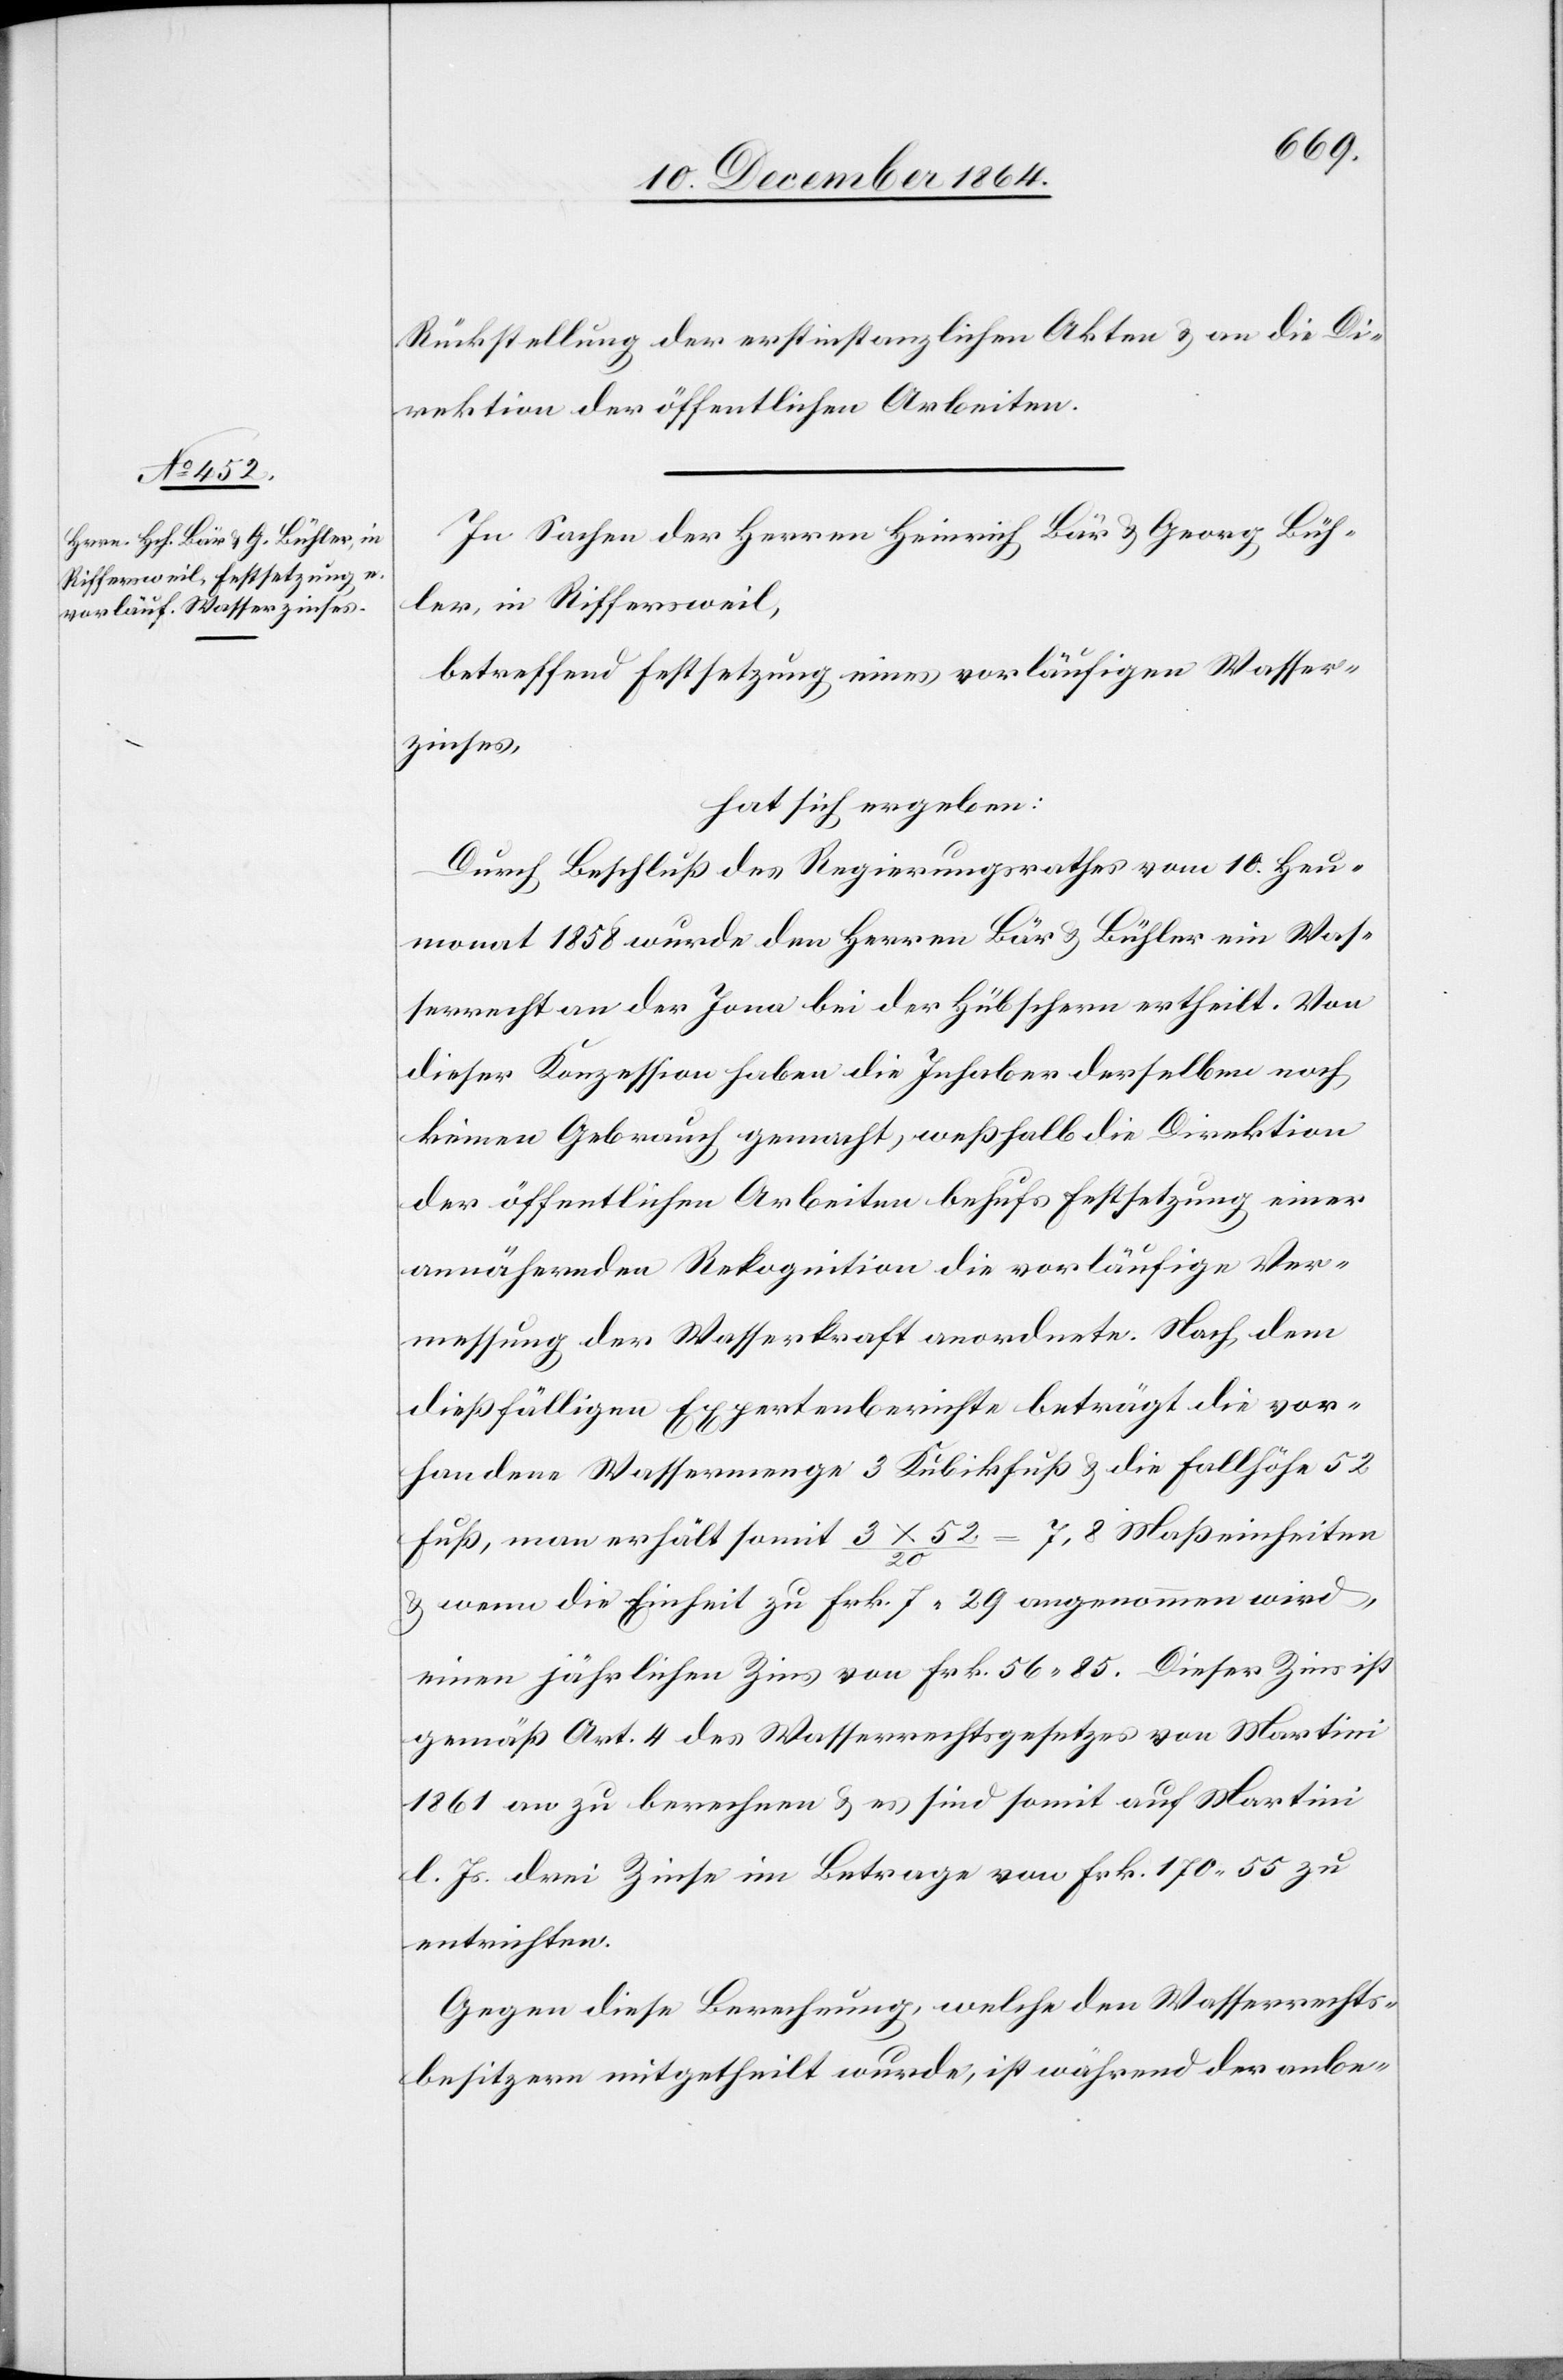
Rückstellung der erstinstanzlichen Akten & an die Di¬
rektion der öffentlichen Arbeiten.
In Sachen der Herren Heinrich Bär & Georg Büh¬
ler, in Riffersweil,
betreffend Festsetzung eines vorläufigen Wasser¬
zinses,
hat sich ergeben:
Durch Beschluß des Regierungsrathes vom 10. Heu¬
monat 1858 wurde den Herren Bär & Bühler ein Was¬
serrecht an der Jona bei der Hübschern ertheilt. Von
dieser Konzession haben die Inhaber derselben noch
keinen Gebrauch gemacht, weßhalb die Direktion
der öffentlichen Arbeiten behufs Festsetzung einer
annähernden Rekognition die vorläufige Ver¬
messung der Wasserkraft anordnete. Nach dem
dießfälligen Expertenberichte beträgt die vor¬
handene Wassermenge 3 x 52 / 20 = 7,8 Maßeinheiten
& wenn die Einheit zu Frk. 7.29 angenommen wird,
einen jährlichen Zins von Frk. 56.85. Dieser Zins ist
gemäß Art. 4 des Wasserrechtsgesetzes von Martini
1861 an zu berechnen & es sind somit auf Martini
l. Js. drei Zinse im Betrage von Frk. 170.55 zu
entrichten.
Gegen diese Berechnung, welche den Wasserrechts¬
besitzern mitgetheilt wurde, ist während der anbe-